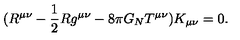
( R ^ { \mu \nu } - \frac { 1 } { 2 } R g ^ { \mu \nu } - 8 \pi G _ { N } T ^ { \mu \nu } ) K _ { \mu \nu } = 0 .